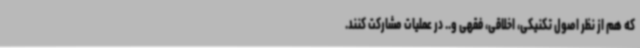
که هم از نظر اصول تکنیکی، اخلاقی، فقهی و.. در عملیات مشارکت کنند.